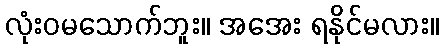
လုံးဝမသောက်ဘူး။ အအေး ရနိုင်မလား။